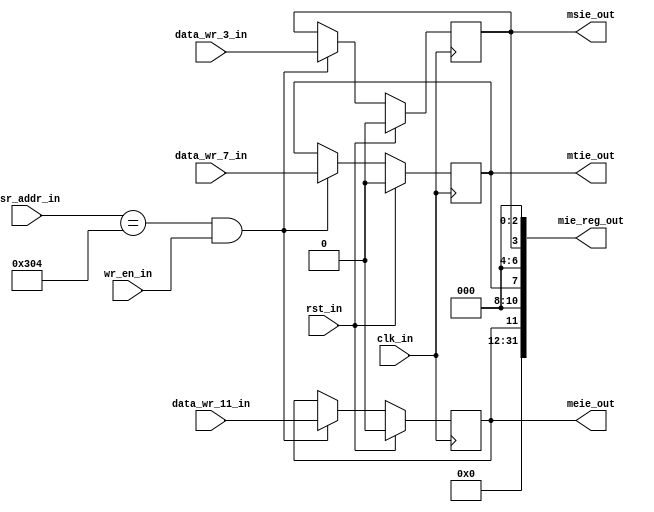
`timescale 1ns / 1ps


module mie_reg( input         clk_in,rst_in,wr_en_in,data_wr_11_in,data_wr_7_in,data_wr_3_in,
                input  [11:0] csr_addr_in,
                output        meie_out,mtie_out,msie_out,
                output [31:0] mie_reg_out
);

   parameter MIE = 12'h304;


   reg meie,mtie,msie;

   assign mie_reg_out = {20'b0, meie, 3'b0, mtie, 3'b0, msie, 3'b0};
   assign meie_out = meie;
   assign mtie_out = mtie;
   assign msie_out = msie;
   always @(posedge clk_in)
   begin
      if(rst_in)
      begin
         meie <= 1'b0;
         mtie <= 1'b0;
         msie <= 1'b0;
      end
      else if(csr_addr_in == MIE && wr_en_in)
      begin
         meie <= data_wr_11_in;
         mtie <= data_wr_7_in;
         msie <= data_wr_3_in;
      end
   end

endmodule